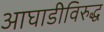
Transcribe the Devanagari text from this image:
आघाडीविरुद्ध